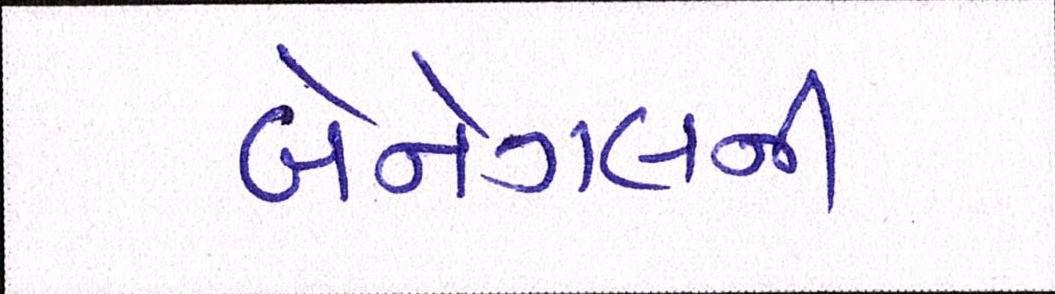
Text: બેનેગલની